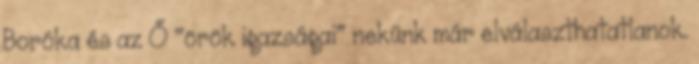
Boróka és az Ő "örök igazságai" nekünk már elválaszthatatlanok.